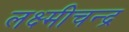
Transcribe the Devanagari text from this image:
लक्ष्मीचन्द्र